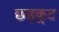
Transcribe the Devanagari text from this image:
छड़कूट